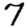
Digit: 7